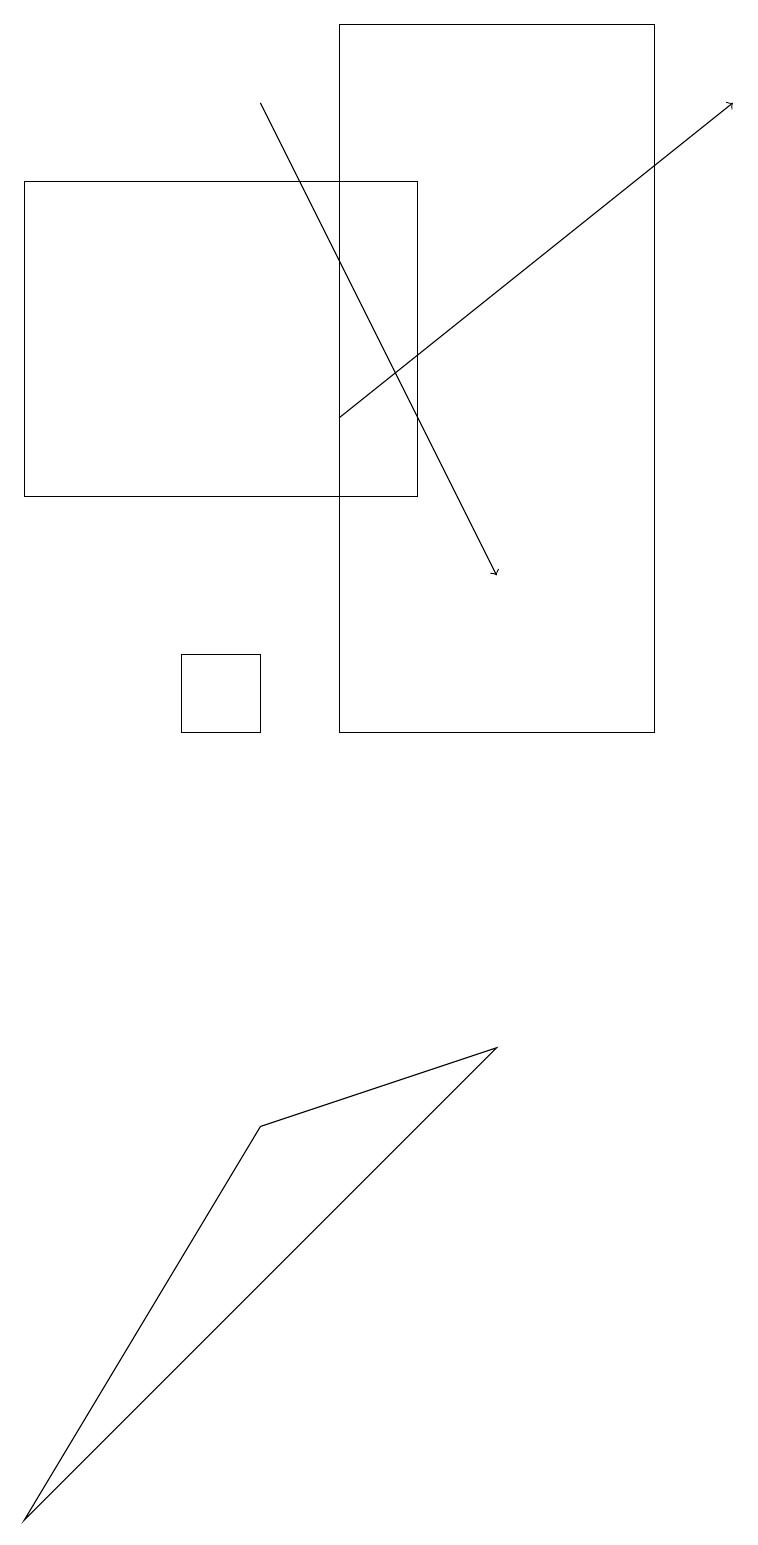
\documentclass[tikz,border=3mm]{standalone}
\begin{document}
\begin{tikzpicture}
\draw (3,11) rectangle (2,10);
\draw[->] (4,14) -- (9,18);
\draw (4,19) rectangle (8,10);
\draw[->] (3,18) -- (6,12);
\draw (0,0) -- (3,5) -- (6,6) -- cycle;
\draw (5,17) rectangle (0,13);
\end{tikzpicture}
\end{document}